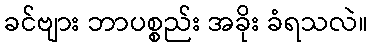
ခင်ဗျား ဘာပစ္စည်း အခိုး ခံရသလဲ။